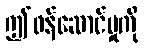
ဤဝန်ဆောင်မှုကို